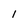
Character: 1